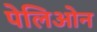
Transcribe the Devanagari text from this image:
पेलिओन